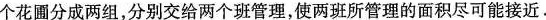
个花圃分成两组，分别交给两个班管理，使两班所管理的面积尽可能接近。